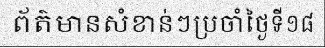
ព័ត៌មានសំខាន់ៗប្រចាំថ្ងៃទី១៨